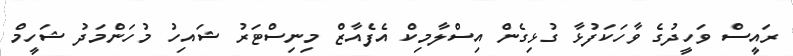
ރައީސް ވަހީދުގެ ވާހަކަފުޅާ ގުޅިގެން އިސްލާމިކް އެފެއާޒް މިނިސްޓަރު ޝައިހު މުހަންމަދު ޝަހީމް